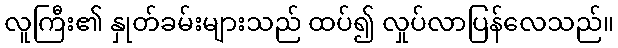
လူကြီး၏ နှုတ်ခမ်းများသည် ထပ်၍ လှုပ်လာပြန်လေသည်။